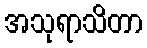
အသုရာသိတာ